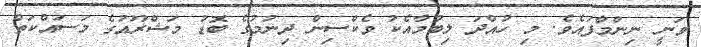
ވަނީ ނިންމާފައެވެ. މި ހުއްދަ ލިބުމާއެކުު ވެކްސިން ދިނުމުގެ ބޮޑު މަޝްރޫއުގެ މަސައްކަތް